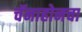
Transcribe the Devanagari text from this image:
चॅनाहोनचा